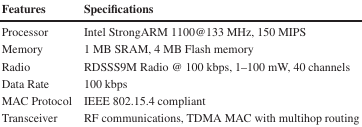
<table><thead><tr><td><b>Features</b></td><td><b>Specifications</b></td></tr></thead><tbody><tr><td>Processor</td><td>Intel StrongARM 1100@133 MHz, 150 MIPS</td></tr><tr><td>Memory</td><td>1 MB SRAM, 4 MB Flash memory</td></tr><tr><td>Radio</td><td>RDSSS9M Radio @ 100 kbps, 1–100 mW, 40 channels</td></tr><tr><td>Data Rate</td><td>100 kbps</td></tr><tr><td>MAC Protocol</td><td>IEEE 802.15.4 compliant</td></tr><tr><td>Transceiver</td><td>RF communications, TDMA MAC with multihop routing</td></tr></tbody></table>